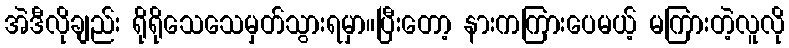
အဲဒီလိုချည်း ရိုရိုသေသေမှတ်သွားရမှာ။ပြီးတော့ နားကကြားပေမယ့် မကြားတဲ့လူလို